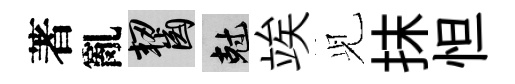
著亂齧剋竢𫤗抹怛